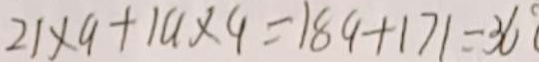
2 1 \times 9 + 1 9 \times 9 = 1 8 9 + 1 7 1 = 3 6